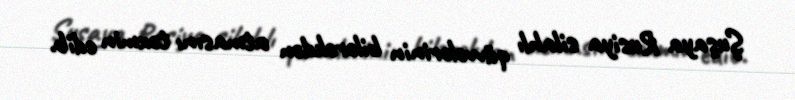
Şuşaya Rusiya silahlı qüvvələrinin bilərəkdən atmasını təxmin edib.